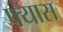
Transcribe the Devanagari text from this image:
फ्यास